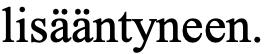
lisääntyneen.